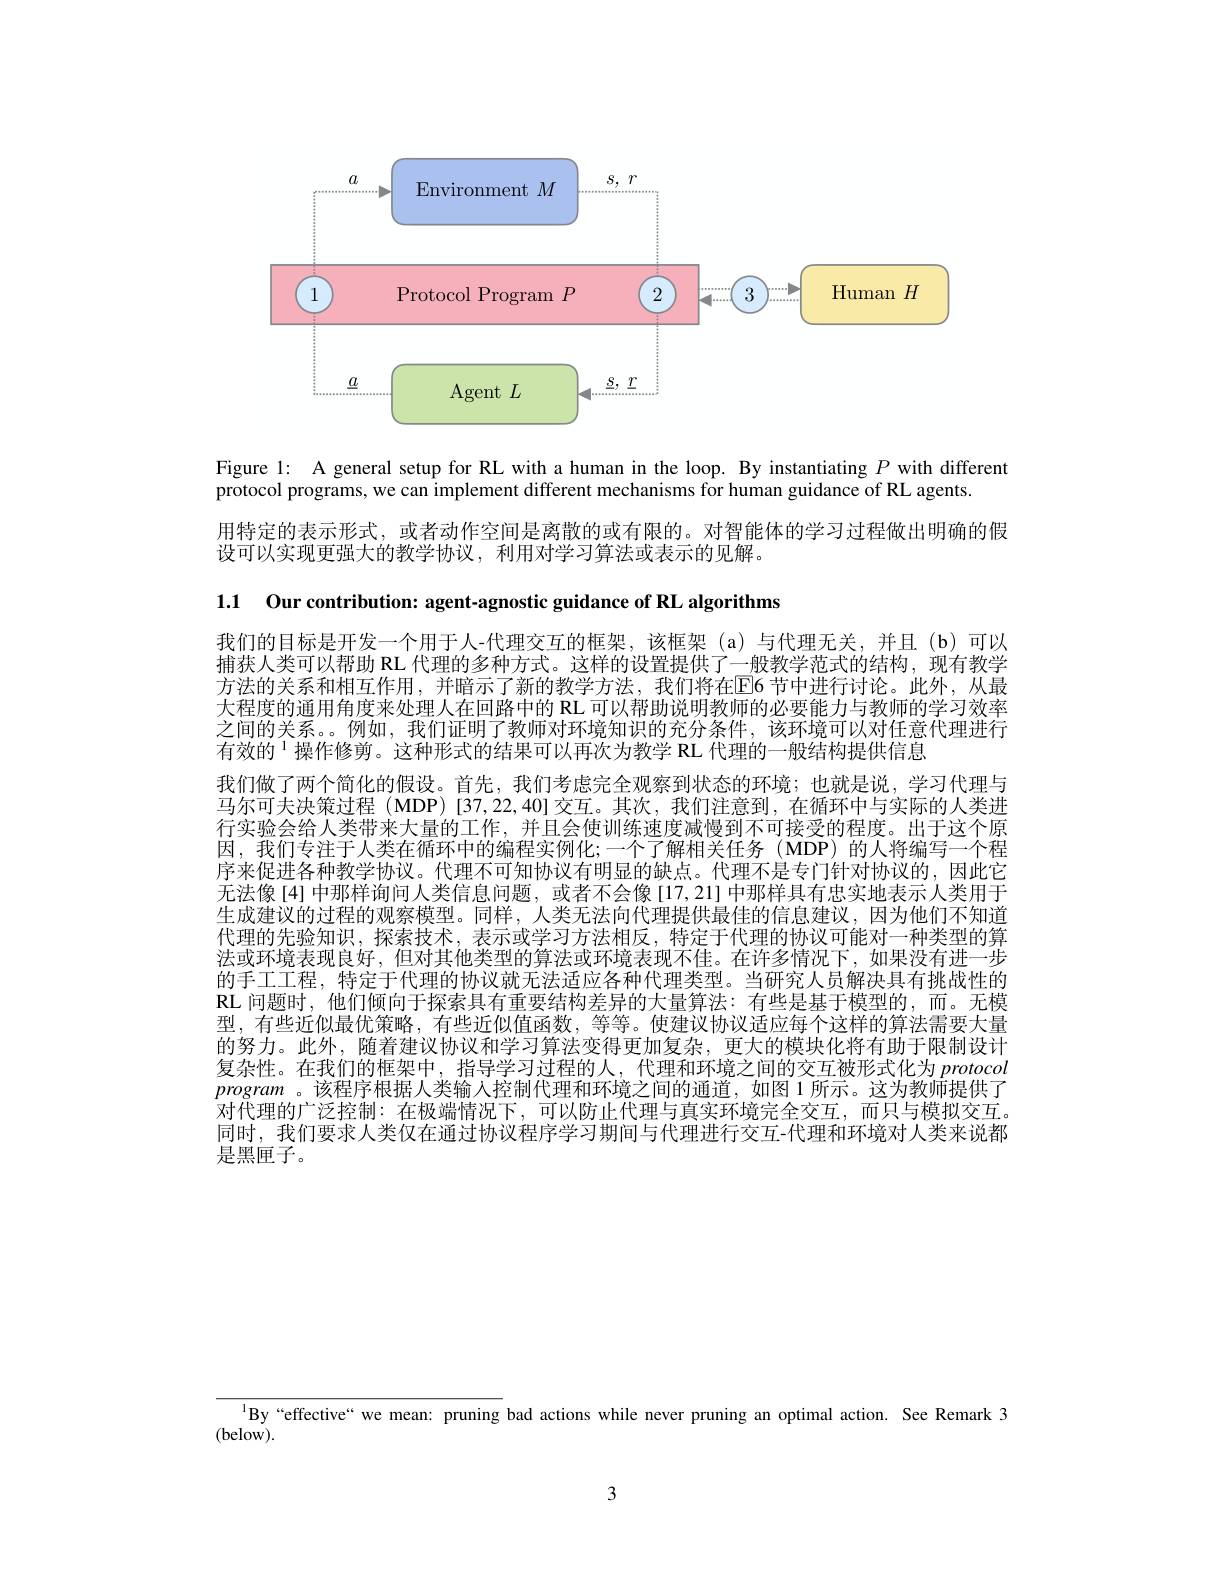
<FigureHere>

Figure l: A general setup for RL with a human in the loop. By instantiating $P$ with different
protocol programs, we can implement different mechanisms for human guidance of RL agents.

用特定的表示形式，或者动作空间是离散的或有限的。对智能体的学习过程做出明确的假

设可以实现更强大的教学协议，利用对学习算法或表示的见解。

1.1 Our contribution: agent-agnostic guidance of RL algorithms

我们的目标是开发一个用于人-代理交互的框架，该框架(a)与代理无关，并且(b)可以捕获人类可以帮助 RL 代理的多种方式。这样的设置提供了一般教学范式的结构，现有教学方法的关系和相互作用，并暗示了新的教学方法，我们将在E6节中进行讨论。此外，从最大程度的通用角度来处理人在回路中的 RL 可以帮助说明教师的必要能力与教师的学习效率之间的关系。例如，我们证明了教师对环境知识的充分条件，该环境可以对任意代理进行有效的$^{1}$操作修剪。这种形式的结果可以再次为教学 RL 代理的一般结构提供信息
我们做了两个简化的假设。首先，我们考虑完全观察到状态的环境；也就是说，学习代理与马尔可夫决策过程 (MDP) [37,22,40] 交互。其次，我们注意到，在循环中与实际的人类进行实验会给人类带来大量的工作，并且会使训练速度减慢到不可接受的程度。出于这个原因，我们专注于人类在循环中的编程实例化；一个了解相关任务(MDP)的人将编写一个程序来促进各种教学协议。代理不可知协议有明显的缺点。代理不是专门针对协议的，因此它无法像[4] 中那样询问人类信息问题，或者不会像[17,21] 中那样具有忠实地表示人类用于生成建议的过程的观察模型。同样，人类无法向代理提供最佳的信息建议，因为他们不知道代理的先验知识，探索技术，表示或学习方法相反，特定于代理的协议可能对一种类型的算法或环境表现良好，但对其他类型的算法或环境表现不佳。在许多情况下，如果没有进一步的手工工程，特定于代理的协议就无法适应各种代理类型。当研究人员解决具有挑战性的RL 问题时，他们倾向于探索具有重要结构差异的大量算法：有些是基于模型的，而。无模型，有些近似最优策略，有些近似值函数，等等。使建议协议适应每个这样的算法需要大量的努力。此外，随着建议协议和学习算法变得更加复杂，更大的模块化将有助于限制设计复杂性。在我们的框架中，指导学习过程的人，代理和环境之间的交互被形式化为 protocol program 。该程序根据人类输入控制代理和环境之间的通道，如图 1 所示。这为教师提供了对代理的广泛控制：在极端情况下，可以防止代理与真实环境完全交互，而只与模拟交互。同时，我们要求人类仅在通过协议程序学习期间与代理进行交互-代理和环境对人类来说都是黑匣子。

$^{1}$By“effective“ we mean: pruning bad actions while never pruning an optimal action. See Remark 3

(below).

3